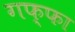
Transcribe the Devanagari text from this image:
गफ्फा